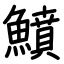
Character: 鱝